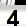
Digit: 4